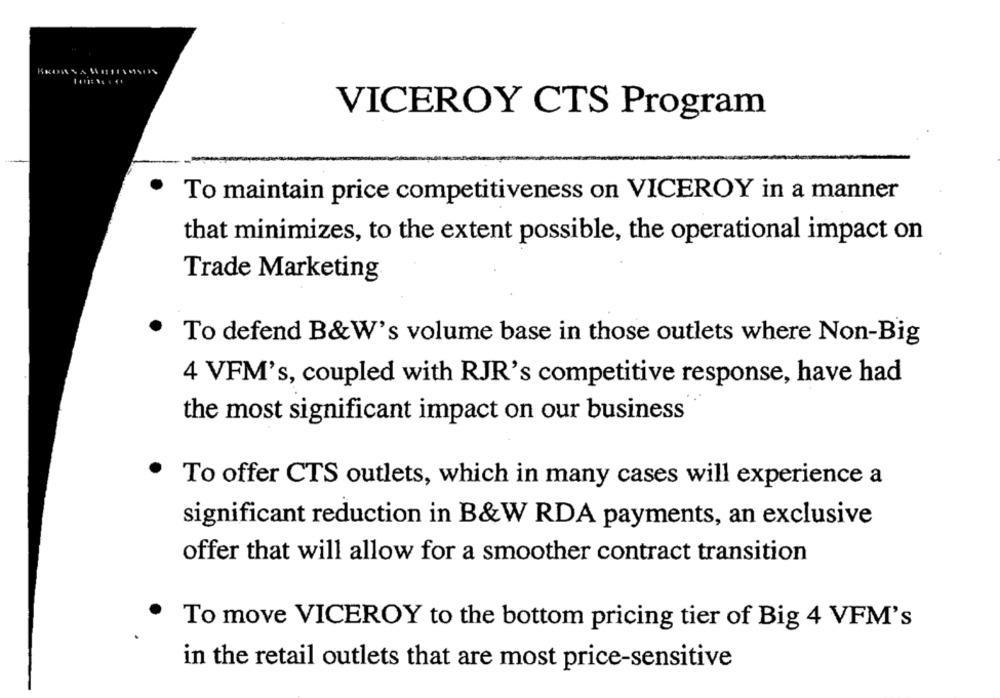
VICEROY CTS Program
To maintain price competitiveness on VICEROY in a manner
that minimizes, to the extent possible, the operational impact on
Trade Marketing
To defend B&W's volume base in those outlets where Non-Big
4 VFM's, coupled with RJR's competitive response, have had
the most significant impact on our business
To offer CTS outlets, which in many cases will experience a
significant reduction in B&W RDA payments, an exclusive
offer that will allow for a smoother contract transition
To move VICEROY to the bottom pricing tier of Big 4 VFM's
in the retail outlets that are most price-sensitive